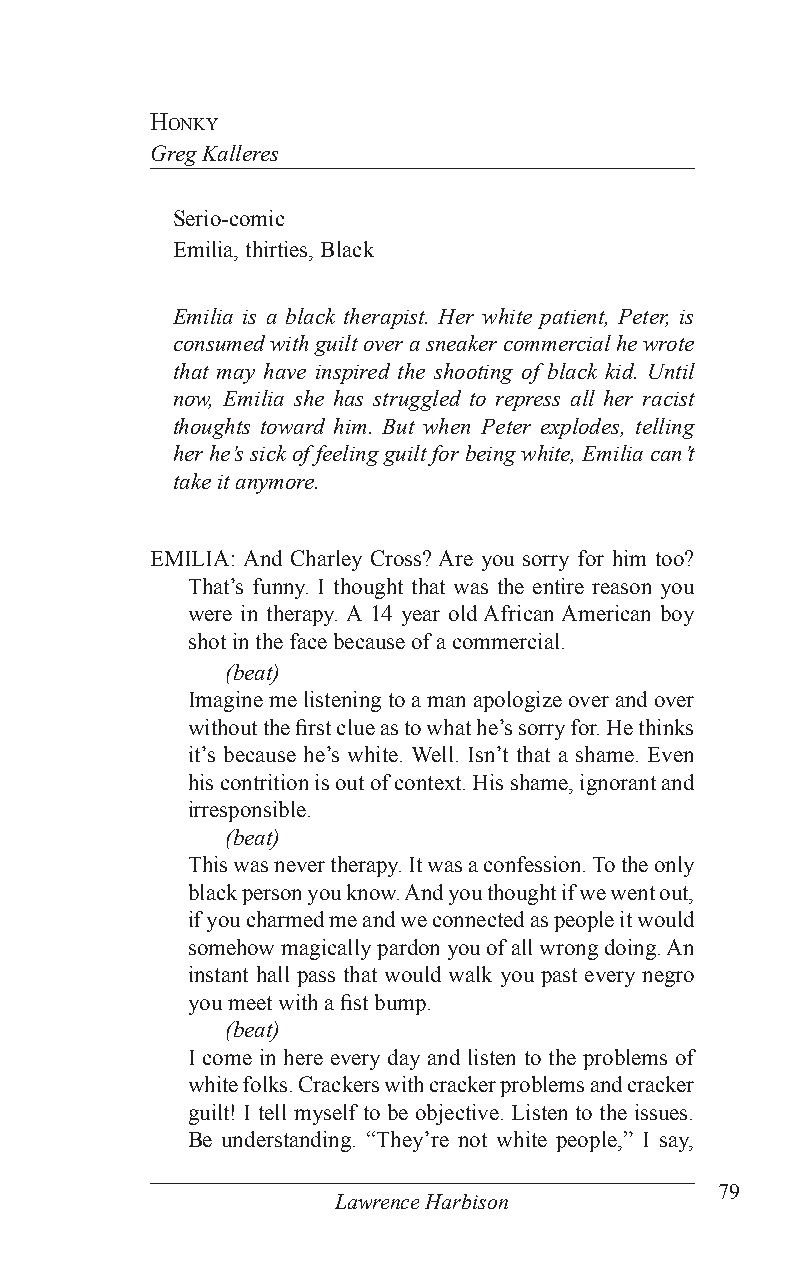
honKy
 Greg Kalleres
 Serio-comic
 Emilia, thirties, Black
 Emilia is a black therapist. Her white patient, Peter, is
 consumed with guilt over a sneaker commercial he wrote
 that may have inspired the shooting of black kid. Until
 now, Emilia she has struggled to repress all her racist
 thoughts toward him. But when Peter explodes, telling
 her he’s sick of feeling guilt for being white, Emilia can’t
 take it anymore.
 EMILIA: And Charley Cross? Are you sorry for him too?
 That’s funny. I thought that was the entire reason you
 were in therapy. A 14 year old African American boy
 shot in the face because of a commercial.
 (beat)
 Imagine me listening to a man apologize over and over
 without the first clue as to what he’s sorry for. He thinks
 it’s because he’s white. Well. Isn’t that a shame. Even
 his contrition is out of context. His shame, ignorant and
 irresponsible.
 (beat)
 This was never therapy. It was a confession. To the only
 black person you know. And you thought if we went out,
 if you charmed me and we connected as people it would
 somehow magically pardon you of all wrong doing. An
 instant hall pass that would walk you past every negro
 you meet with a fist bump.
 (beat)
 I come in here every day and listen to the problems of
 white folks. Crackers with cracker problems and cracker
 guilt! I tell myself to be objective. Listen to the issues.
 Be understanding. “They’re not white people,” I say,
 79
 Lawrence Harbison